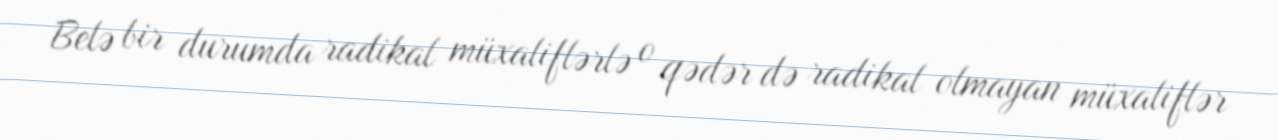
Belə bir durumda radikal müxaliflərlə o qədər də radikal olmayan müxaliflər